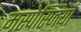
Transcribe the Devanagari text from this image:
मस्पेस्जियाँ